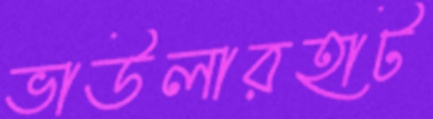
ভাউলারহাট